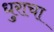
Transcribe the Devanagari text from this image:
धुराचा